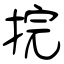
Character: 捖